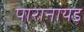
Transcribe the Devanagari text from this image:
पारानायड